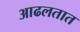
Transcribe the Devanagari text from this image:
आढलतात